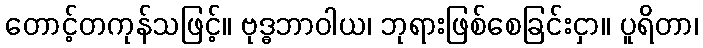
တောင့်တကုန်သဖြင့်။ ဗုဒ္ဓဘာဝါယ၊ ဘုရားဖြစ်စေခြင်းငှာ။ ပူရိတာ၊